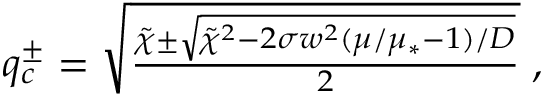
\begin{array} { r } { q _ { c } ^ { \pm } = \sqrt { \frac { \tilde { \chi } \pm \sqrt { \tilde { \chi } ^ { 2 } - 2 \sigma w ^ { 2 } ( \mu / \mu _ { * } - 1 ) / D } } { 2 } } \; , } \end{array}